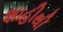
શાહીથી